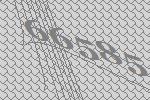
66585